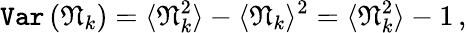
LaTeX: \texttt{Var}\left(\mathfrak{N}_{k}\right)=\langle\mathfrak{N}_{k}^{2}\rangle-\langle\mathfrak{N}_{k}\rangle^{2}=\langle\mathfrak{N}_{k}^{2}\rangle-1\, ,